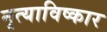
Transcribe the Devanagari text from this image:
नृत्याविष्कार